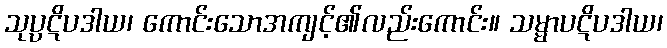
သုပ္ပဋိပဒါယ၊ ကောင်းသောအကျင့်၏လည်းကောင်း။ သမ္မာပဋိပဒါယ၊